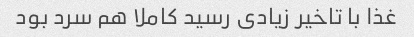
غذا با تاخیر زیادی رسید کاملا هم سرد بود